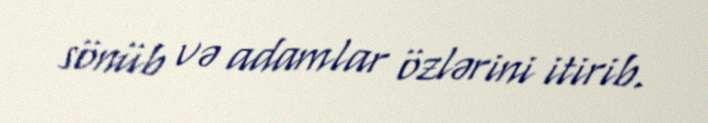
sönüb və adamlar özlərini itirib.